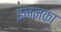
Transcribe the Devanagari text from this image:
इननका